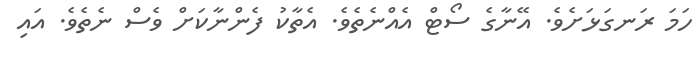
ހަމަ ރަނގަޅަށެވެ. އޭނާގެ ސޯޓް އެއްނެތެވެ. އެތާކު ފެންނާކަށް ވެސް ނެތެވެ. އައި